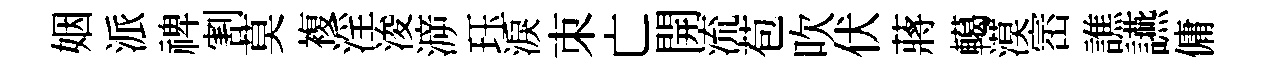
姻派禆割莫複淫浚㴑珏淚朿亡開流苞吹伏蔣轕漠崈譙讌傭